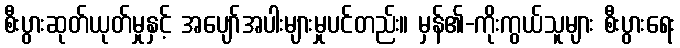
စီးပွားဆုတ်ယုတ်မှုနှင့် အပျော်အပါးများမှုပင်တည်း။ မှန်၏-ကိုးကွယ်သူများ စီးပွားရေး